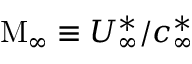
\mathrm { M } _ { \infty } \equiv U _ { \infty } ^ { \ast } / c _ { \infty } ^ { \ast }